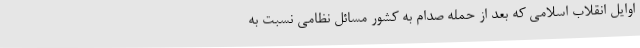
اوایل انقلاب اسلامی که بعد از حمله صدام به کشور مسائل نظامی نسبت به